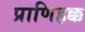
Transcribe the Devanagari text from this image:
प्राणिहक्क